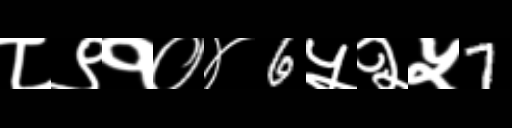
Text: ८९१०४6५२५7